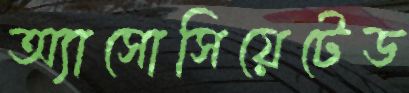
অ্যাসোসিয়েটেড